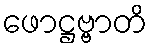
ဖောဋ္ဌဗ္ဗာတိ